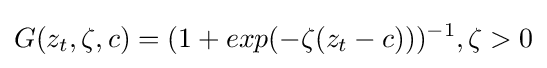
G(z_{t},\zeta ,c)=(1+exp(-\zeta (z_{t}-c)))^{-1},\zeta >0